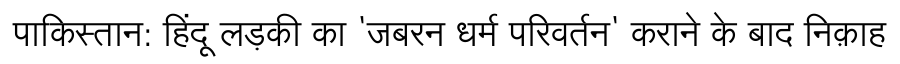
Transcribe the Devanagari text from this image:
पाकिस्तान: हिंदू लड़की का 'जबरन धर्म परिवर्तन' कराने के बाद निक़ाह